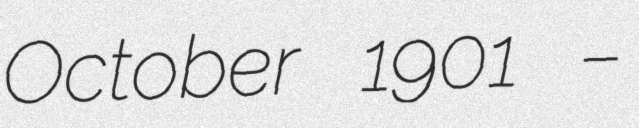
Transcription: October 1901 –